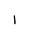
Letter: _alif